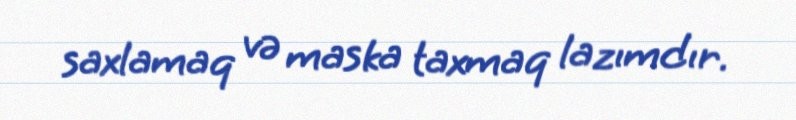
saxlamaq və maska taxmaq lazımdır.